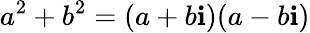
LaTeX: a^{2}+b^{2}=(a+b\mathbf{i})(a-b\mathbf{i})